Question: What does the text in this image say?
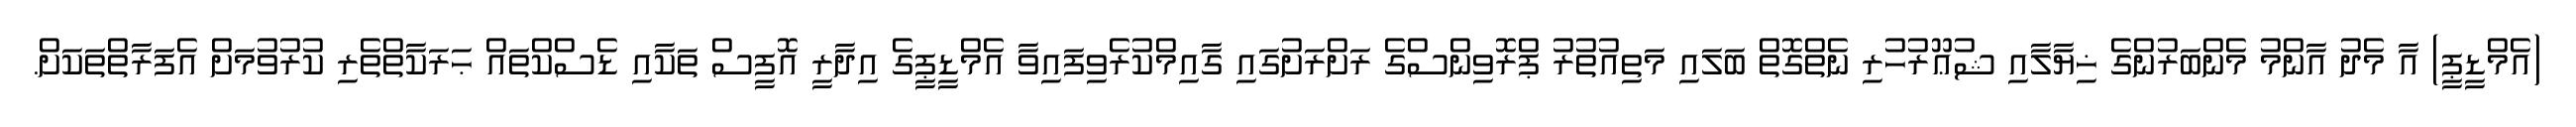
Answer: (އެމްޑީޕީ) އާ މެދު އާންމު މެންބަރުންގެ ޚިޔާލާއި ޝުޢޫރުހުރި ނެތްގޮތް ބަލައި މަތިއުތުރު ޕްރޮވިންސްގެ ރަށްރަށުގައި ގާއިމްކުރެވިފައިވާ އެމްޑީޕީގެ އިދާރީ އޮފީސް ތަކާއި ޑެސްކްތައް ޙަރަކާތްތެރި ކުރުވުމަށް އެފަރާތްތަކަށް.